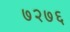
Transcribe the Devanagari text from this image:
७२७६